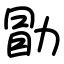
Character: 勖